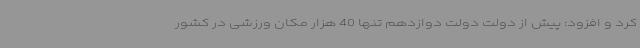
کرد و افزود: پیش از دولت دولت دوازدهم تنها 40 هزار مکان ورزشی در کشور